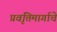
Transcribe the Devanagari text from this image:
प्रवृत्तिमार्गाचे